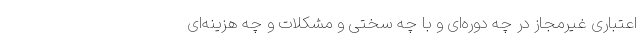
اعتباری غیرمجاز در چه دوره‌ای و با چه سختی و مشکلات و چه هزینه‌ای